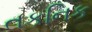
તકનિક